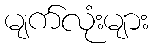
မျက်လုံးများ